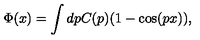
\Phi ( x ) = \int d p C ( p ) ( 1 - \cos ( p x ) ) ,